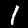
Digit: 1